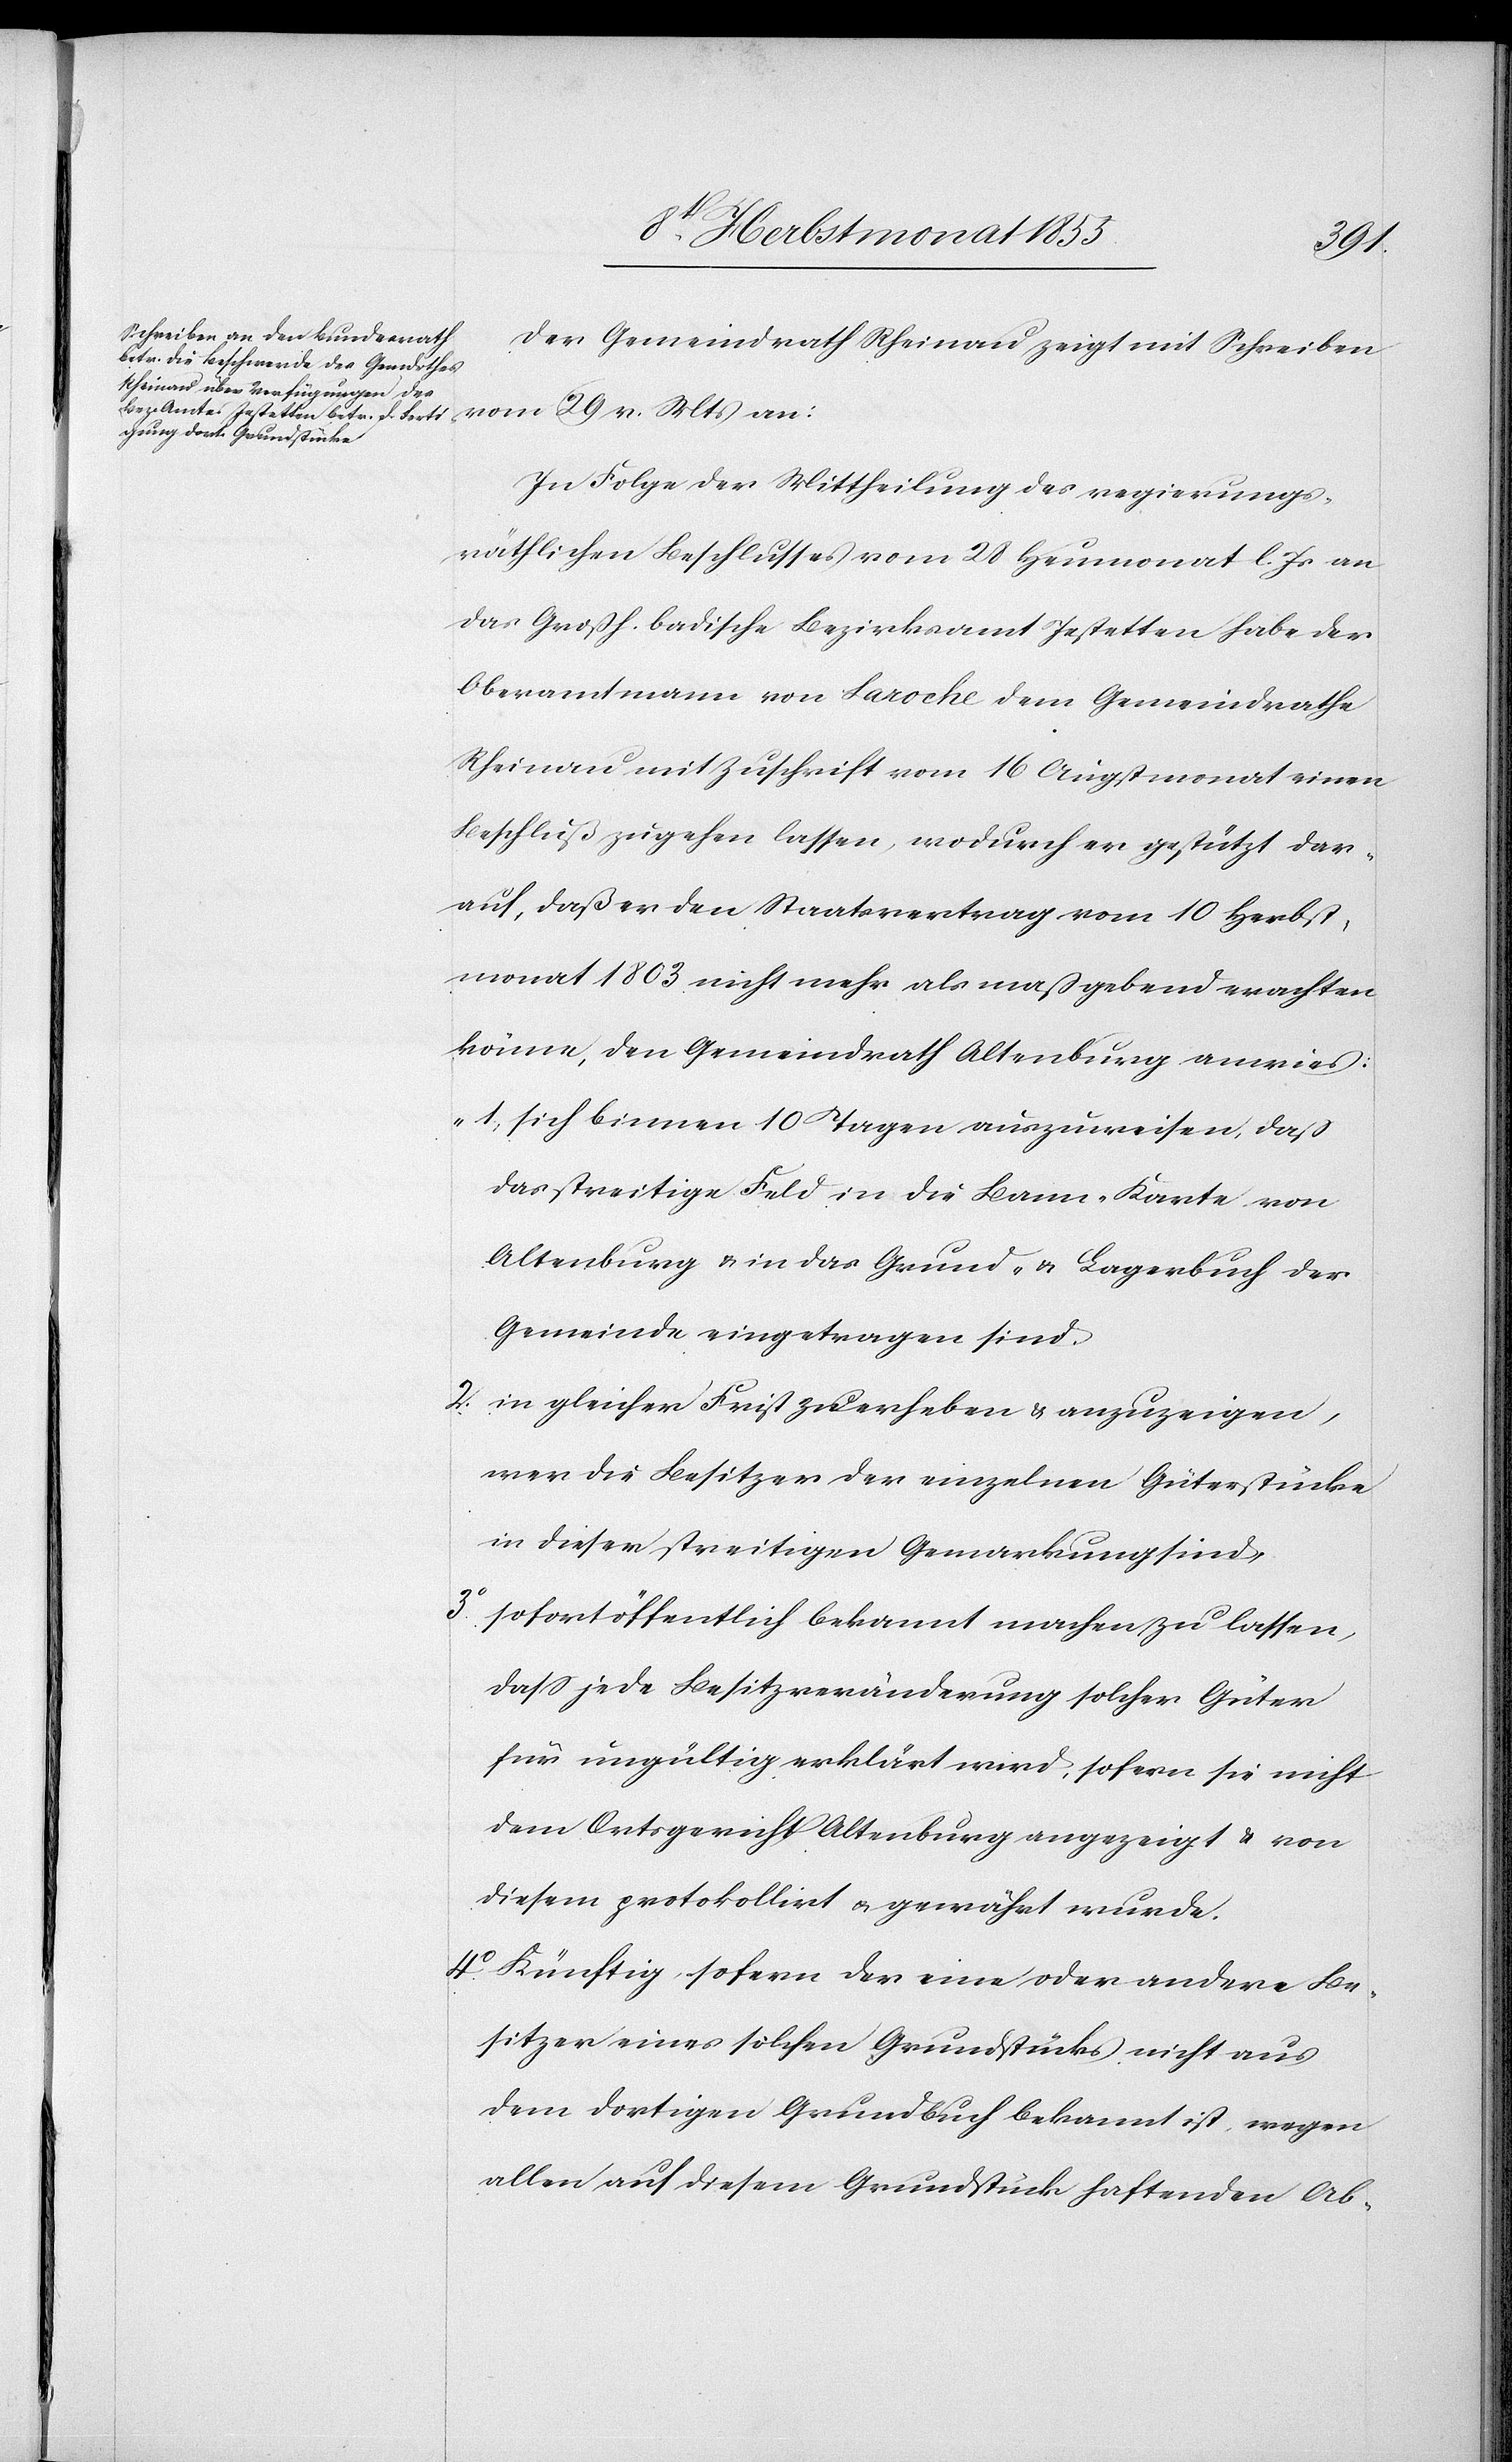
3o.
Der Gemeindrath Rheinau zeigt mit Schreiben
vom 29 v. Mts an:
In Folge der Mittheilung des regierungs¬
räthlichen Beschlusses vom 28 Heumonat l. Js an
das Großh. badische Bezirksamt Jestetten habe der
Oberamtmann von Laroche dem Gemeindrathe
Rheinau mit Zuschrift vom 16 Augstmonat einen
Beschluß zugehen lassen, wodurch er gestützt dar¬
auf, daß er den Staatsvertrag vom 10 Herbst¬
monat 1803 nicht mehr als maßgebend erachten
könne, den Gemeindrath Altenburg anwies:
sich binnen 10 Tagen auszuweisen, daß
das streitige Feld in die Bann-Karte von
Altenburg & in das Grund- & Lagerbuch der
Gemeinde eingetragen sind
in gleicher Frist zu erheben & anzuzeigen,
wer die Besitzer der einzelnen Güterstücke
in dieser streitigen Gemarkung sind.
sofort öffentlich bekannt machen zu lassen,
dass jede Besitzveränderung solcher Güter
für ungültig erklärt wird, sofern sie nicht
dem Ortsgericht Altenburg angezeigt & von
diesem protokollirt & gewährt wurde.
Künftig, sofern der eine oder andere Be¬
sitzer eines solchen Grundstücks nicht aus
dem dortigen Grundbuch bekannt ist, wegen
allen auf diesem Grundstück haftenden Ab-